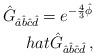
LaTeX: \begin{align*}\hat{G}_{\hat{a}\hat{b}\hat{c}\hat{d}}=e^{-\frac{4}{3}\hat{\phi}}\\hat{\hat{G}}_{\hat{a}\hat{b}\hat{c}\hat{d}}\, ,\end{align*}